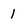
Character: 1